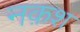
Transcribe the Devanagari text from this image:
नक़श